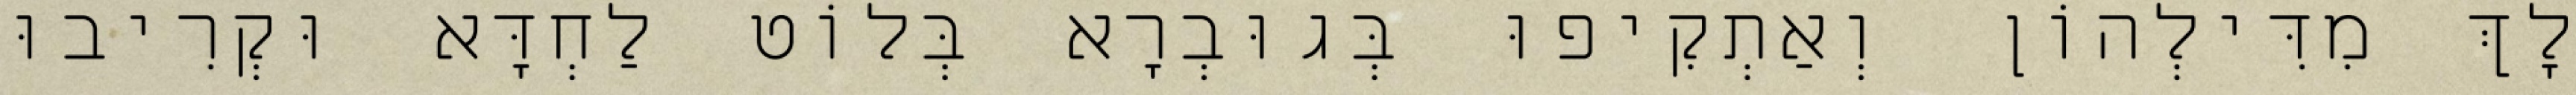
לָךְ מִדִּילְהוֹן וְאַתְקִיפוּ בְּגוּבְרָא בְּלוֹט לַחְדָּא וּקְרִיבוּ